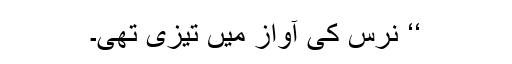
‘‘ نرس کی آواز میں تیزی تھی۔